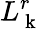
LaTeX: L_{\mathrm{~k~}}^{r}